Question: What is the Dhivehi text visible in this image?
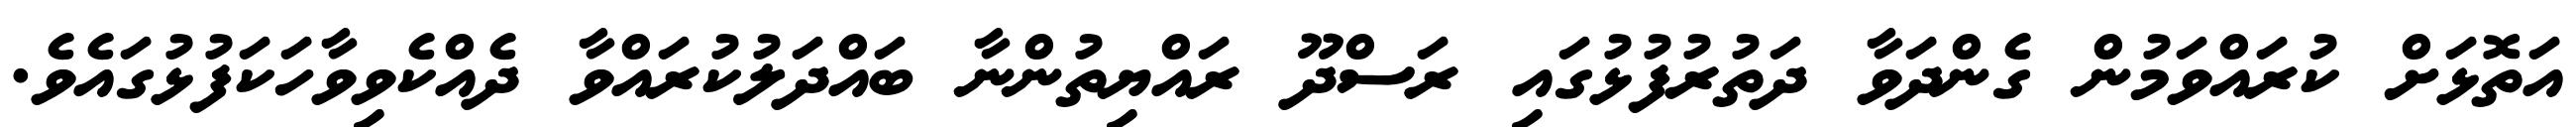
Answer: އަތޮޅަށް ކުރައްވަމުން ގެންދަވާ ދަތުރުފުޅުގައި ރަސްދޫ ރައްޔިތުންނާ ބައްދަލުކުރައްވާ ދެއްކެވިވާހަކަފުޅުގައެވެ.